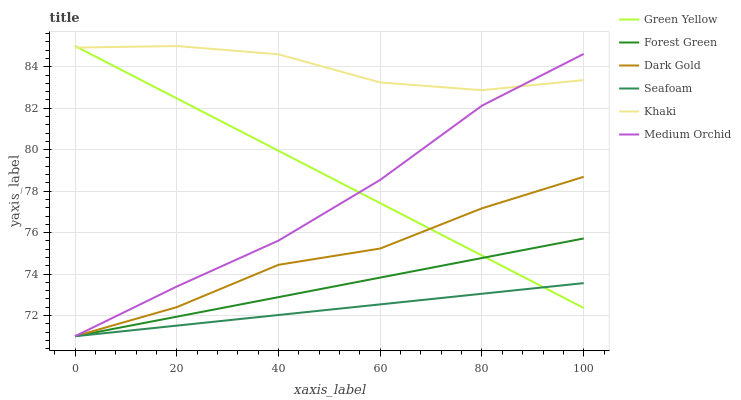
| xaxis_label | Green Yellow | Forest Green | Dark Gold | Seafoam | Khaki | Medium Orchid |
 | --- | --- | --- | --- | --- | --- | --- |
 | 0 | 85 | 71 | 71 | 71 | 84.9 | 71 |
 | 20 | 82.5 | 71.9 | 72.4 | 71.5 | 85 | 73.4 |
 | 40 | 79.9 | 72.9 | 74.4 | 72 | 84.6 | 75.6 |
 | 60 | 77.4 | 73.8 | 75.2 | 72.5 | 83.2 | 78.5 |
 | 80 | 74.9 | 74.8 | 77.2 | 73.1 | 82.9 | 82.1 |
 | 100 | 72.4 | 75.7 | 78.7 | 73.6 | 83.4 | 84.6 |